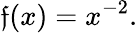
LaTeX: \mathfrak{f}(x)=x^{-2}.